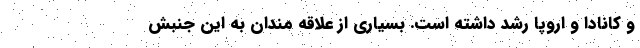
و کانادا و اروپا رشد داشته است. بسیاری از علاقه مندان به این جنبش